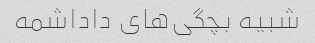
شبیه بچگی‌های داداشمه